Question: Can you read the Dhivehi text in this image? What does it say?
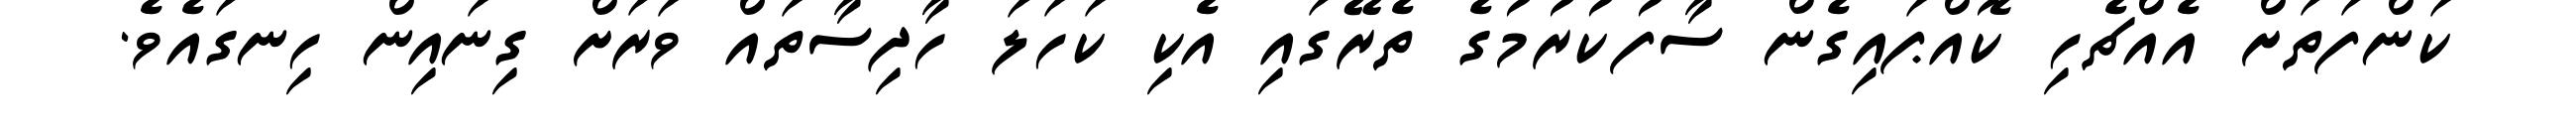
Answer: ކަންފަތަށް އެއްޗެހި ކޮއްޕައިގެން ސާފުކުރުމުގެ ތެރޭގައި އެކި ކަހަލަ ހާދިސާތައް ވަރަށް ގިނައިން ހިނގައެވެ.